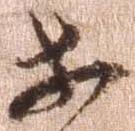
等